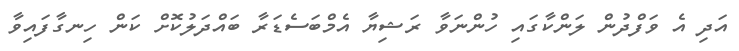
އަދި އެ ވަފްދުން ލަންކާގައި ހުންނަވާ ރަޝިޔާ އެމްބަސެޑަރާ ބައްދަލުކޮށް ކަން ހިނގާފައިވާ